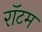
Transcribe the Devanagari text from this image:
रॉटम